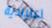
اعتيادية